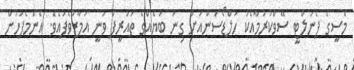
މެސީގެ ޕެނަލްޓީ ސޭވްކުރުމާއެކު ހަލްޑޯސަންއަށް ގިނަ ބަޔެއްގެ ތައުރީފް ވަނީ އަމާޒުވެފައެވެ. އެންމެފަހުން